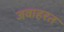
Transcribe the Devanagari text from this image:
जवाहरत